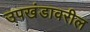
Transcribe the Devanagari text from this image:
उपखंडावरील